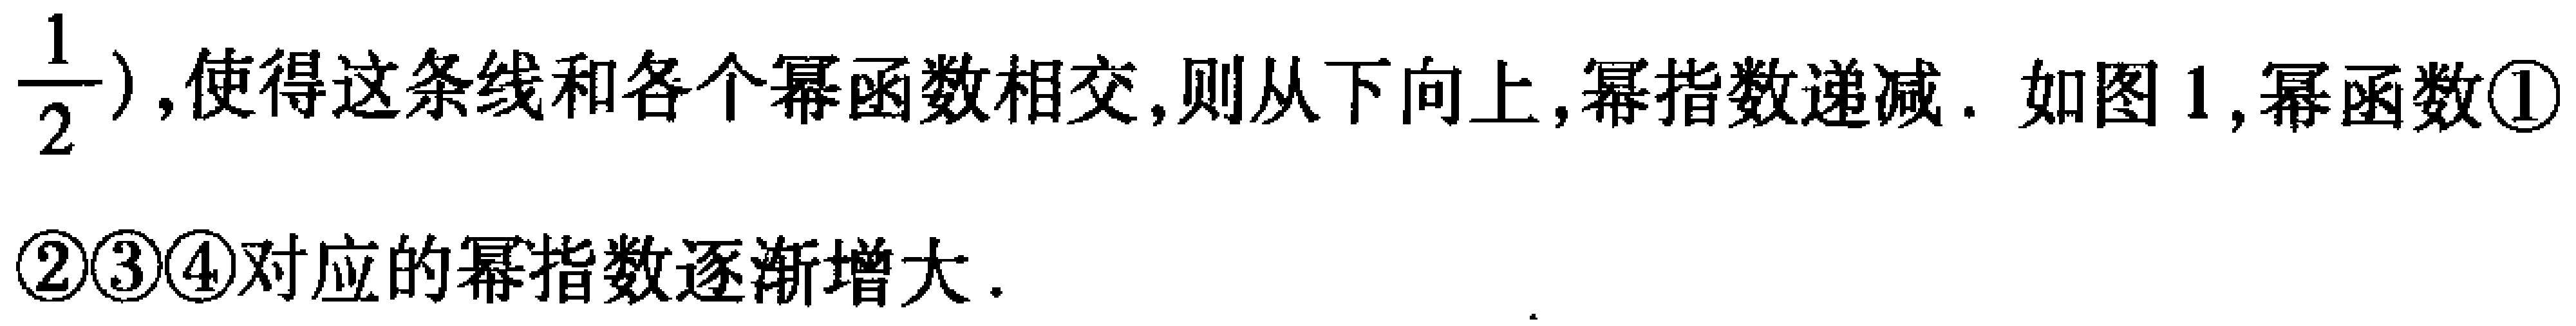
$\frac{1}{2})$,使得这条线和各个幂函数相交,则从下向上,幂指数递减. 如图 1,幂函数\textcircled{1}\textcircled{2}\textcircled{3}\textcircled{4}对应的幂指数逐渐增大.